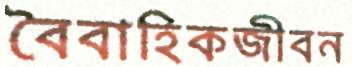
বৈবাহিকজীবন